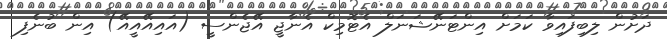
ދަށުން ލިބިފައިވާ ކަމަށް އިންޓަނޭޝަނަލް އެޓޮމިކް އެނާޖީ އޭޖެންސީ (އައިއޭއީއޭ) އިން ބުނެފި